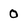
Character: 0